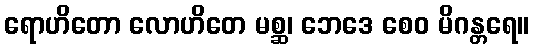
ရောဟိတော လောဟိတေ မစ္ဆ၊ ဘေဒေ စေဝ မိဂန္တရေ။